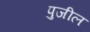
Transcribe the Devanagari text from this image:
पुजील